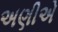
અણીએ